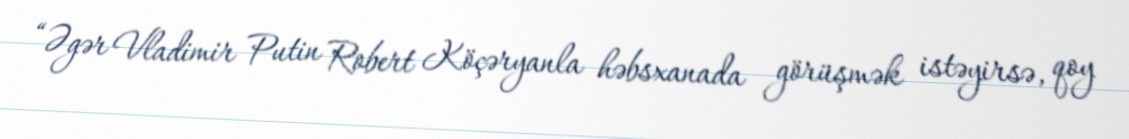
“Əgər Vladimir Putin Robert Köçəryanla həbsxanada görüşmək istəyirsə, qoy